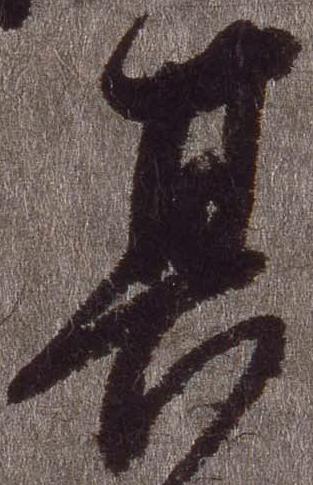
其